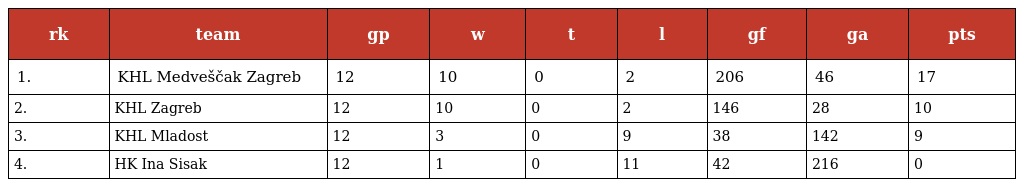
| rk | team | gp | w | t | l | gf | ga | pts |
 | --- | --- | --- | --- | --- | --- | --- | --- | --- |
 | 1. | KHL Medveščak Zagreb | 12 | 10 | 0 | 2 | 206 | 46 | 17 |
 | 2. | KHL Zagreb | 12 | 10 | 0 | 2 | 146 | 28 | 10 |
 | 3. | KHL Mladost | 12 | 3 | 0 | 9 | 38 | 142 | 9 |
 | 4. | HK Ina Sisak | 12 | 1 | 0 | 11 | 42 | 216 | 0 |